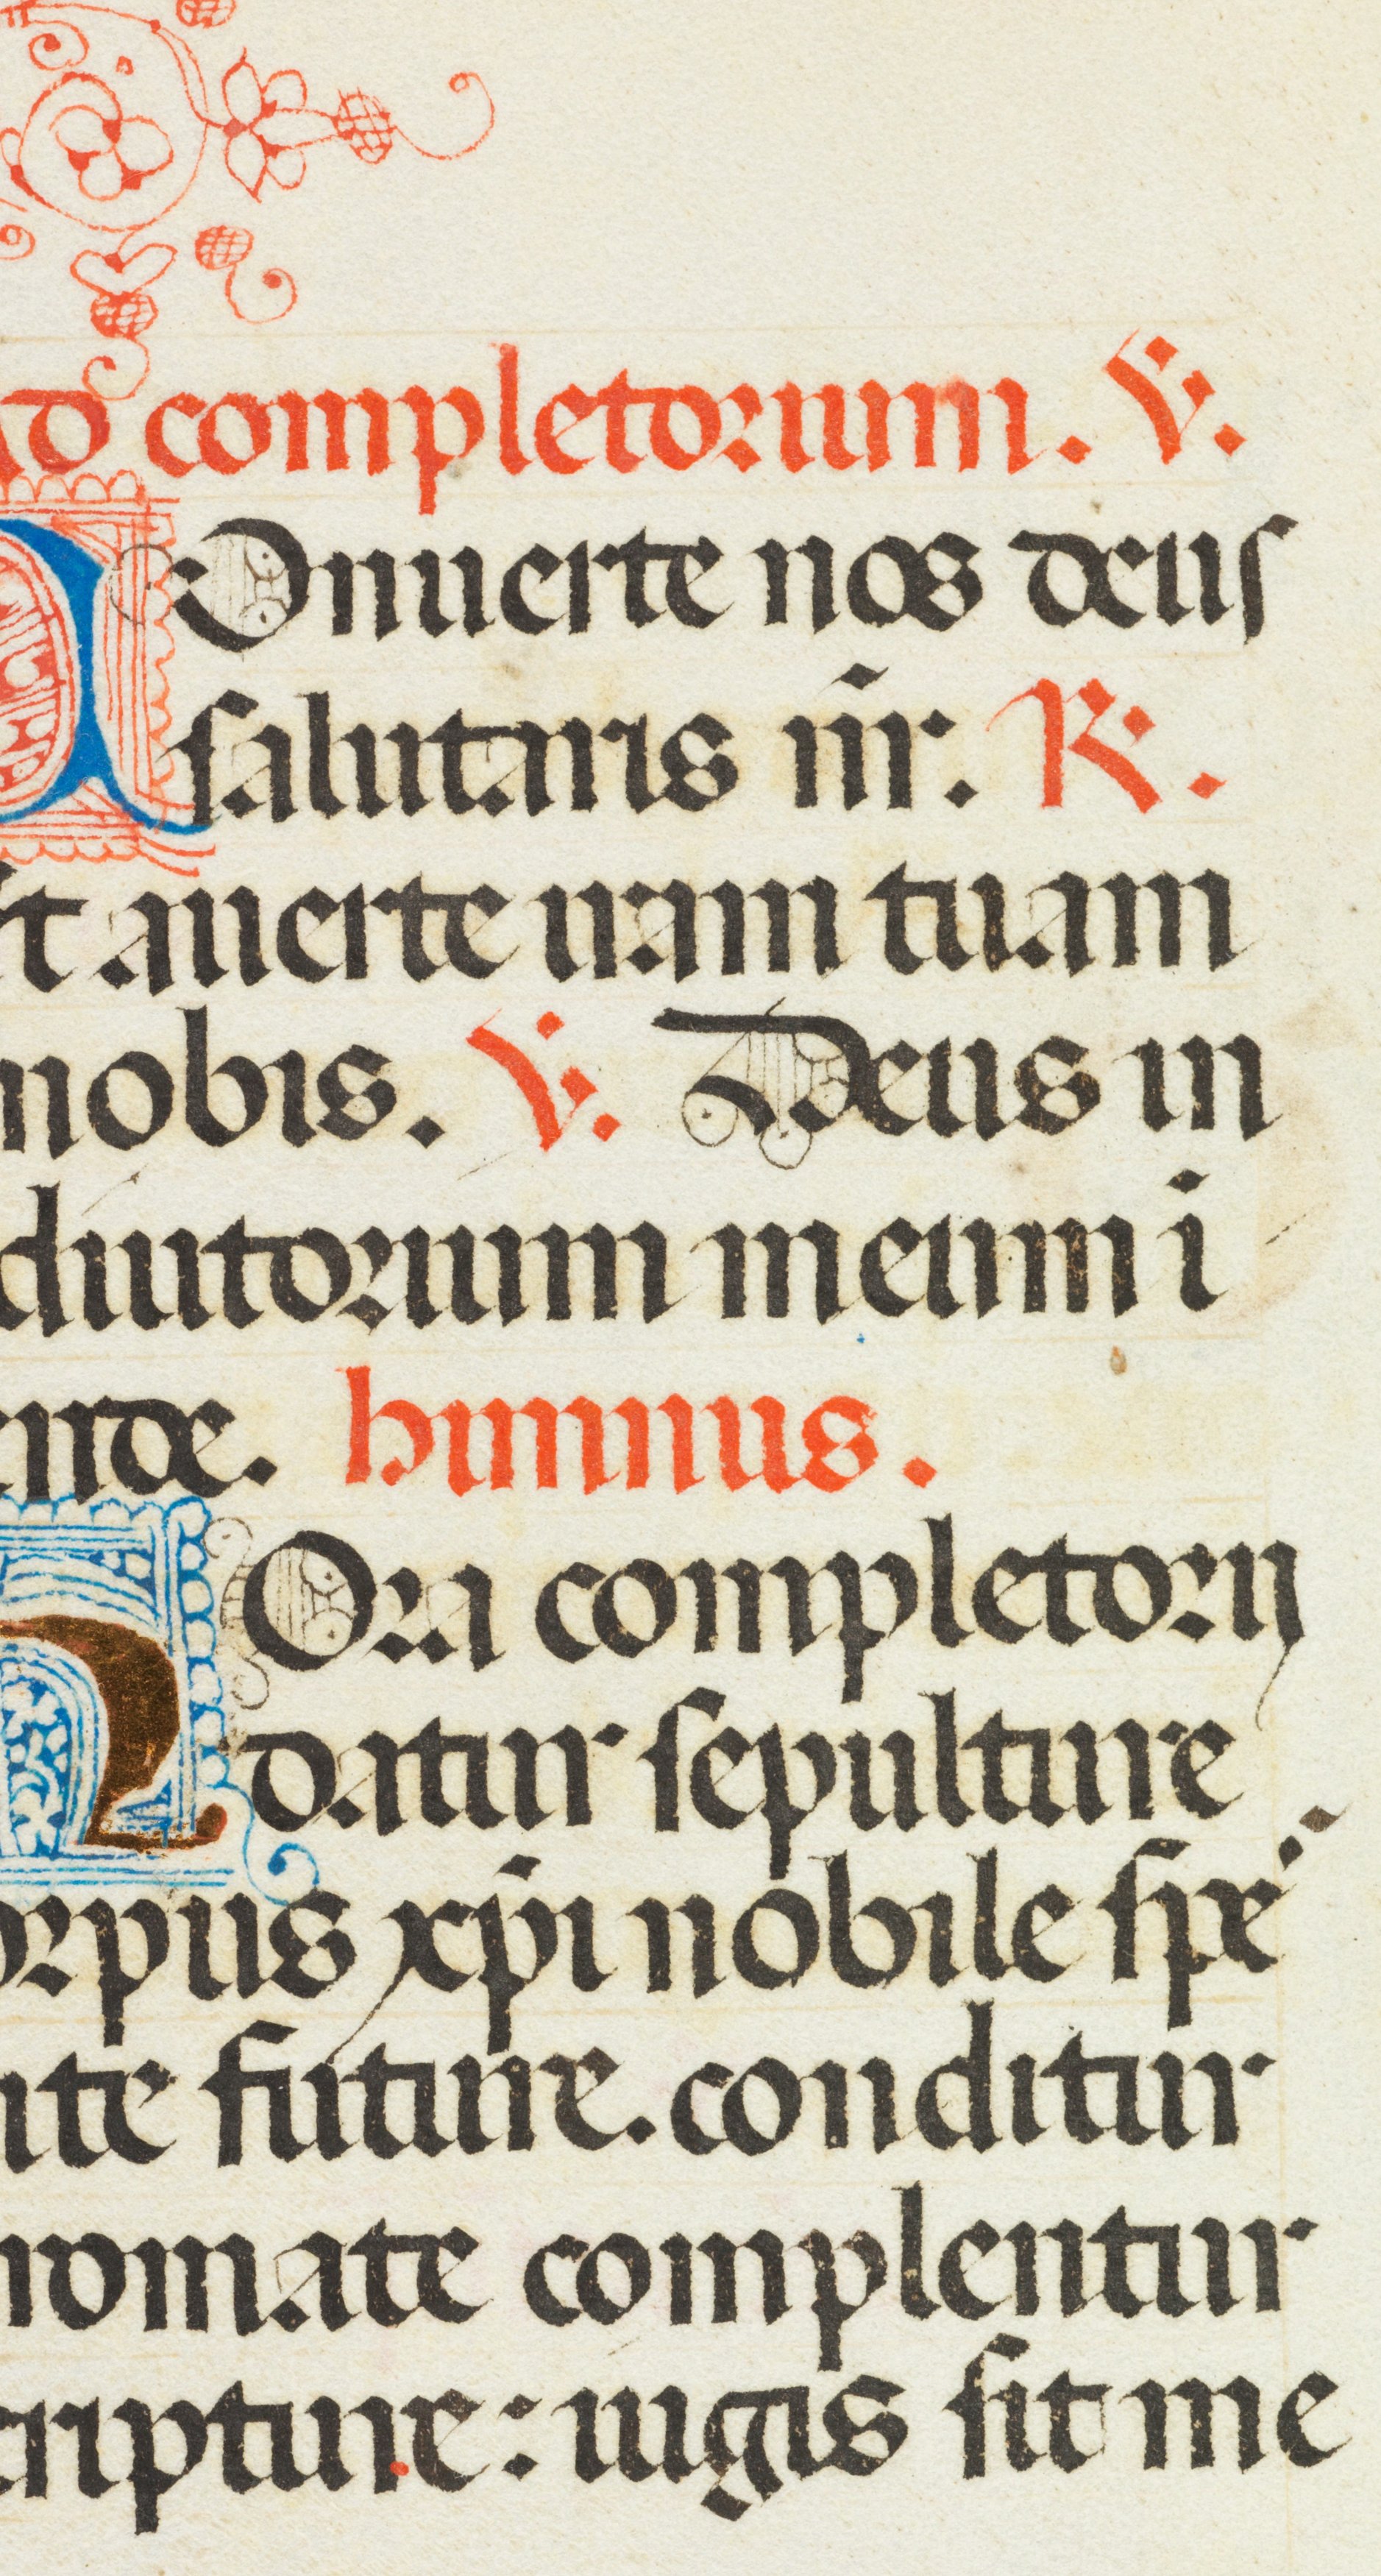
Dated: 1470–1475